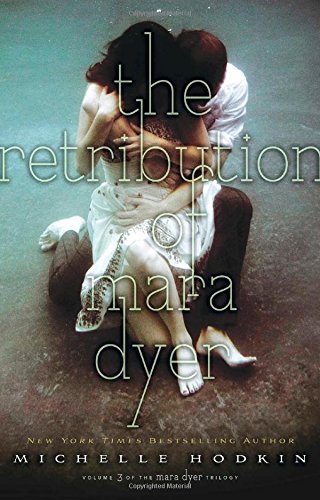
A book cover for The Retribution of Mara Dyer (The Mara Dyer Trilogy); Michelle Hodkin; Teen & Young Adult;